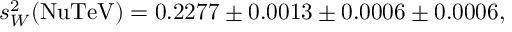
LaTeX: s _ { W } ^ { 2 } ( \mathrm { N u T e V } ) = 0 . 2 2 7 7 \pm 0 . 0 0 1 3 \pm 0 . 0 0 0 6 \pm 0 . 0 0 0 6 ,